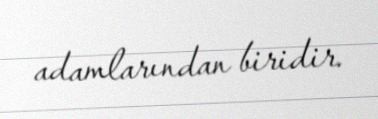
adamlarından biridir.